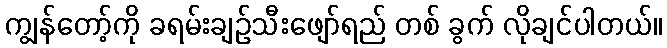
ကျွန်တော့်ကို ခရမ်းချဉ်သီးဖျော်ရည် တစ် ခွက် လိုချင်ပါတယ်။